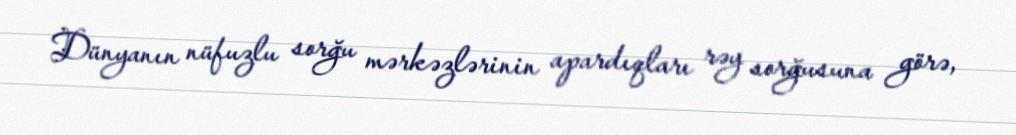
Dünyanın nüfuzlu sorğu mərkəzlərinin apardıqları rəy sorğusuna görə,